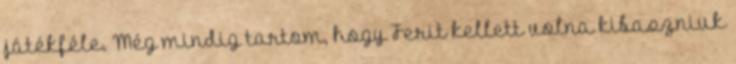
játékféle. Még mindig tartom, hogy Ferit kellett volna kibaszniuk